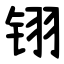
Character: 䦀